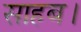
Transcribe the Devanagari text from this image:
साहब।